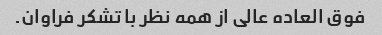
فوق العاده عالی از همه نظر با تشکر فراوان.